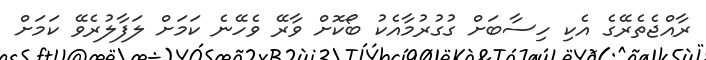
ރާއްޖެތެރޭގެ އެކި ހިސާބަށް ގުގުރުމާއެކު ބޯކޮށް ވާރޭ ވެހޭނެ ކަމަށް ލަފާލުރެވޭ ކަމަށް